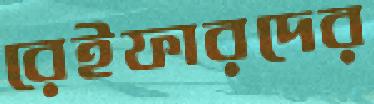
রেইফারদের